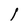
Character: l